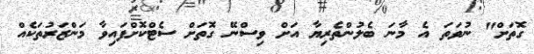
ގޮތަށް" ނުވަތަ އެ މާނަ ބެލުންތެރިޔާ އަށް ވިސްނޭ ގޮތަށް ސެޓްކޮށްފައިވާ މަންޒަރުތަކެއް